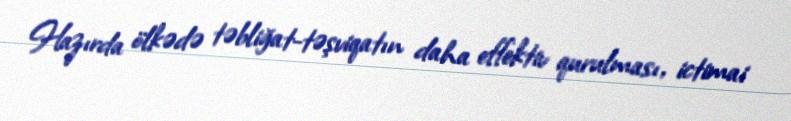
Hazırda ölkədə təbliğat-təşviqatın daha effektiv qurulması, ictimai